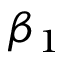
\beta _ { 1 }